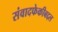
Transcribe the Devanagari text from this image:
संवादफेकीबद्दल